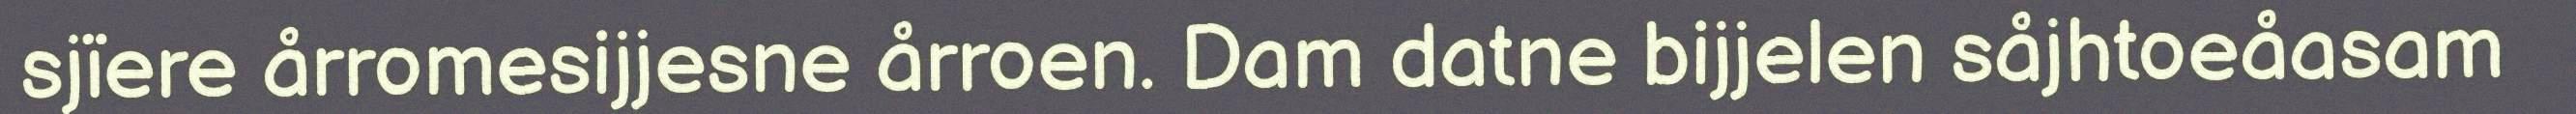
sjïere årromesijjesne årroen. Dam datne bijjelen såjhtoeåasam